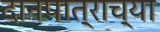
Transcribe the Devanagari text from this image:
दानपात्राच्या